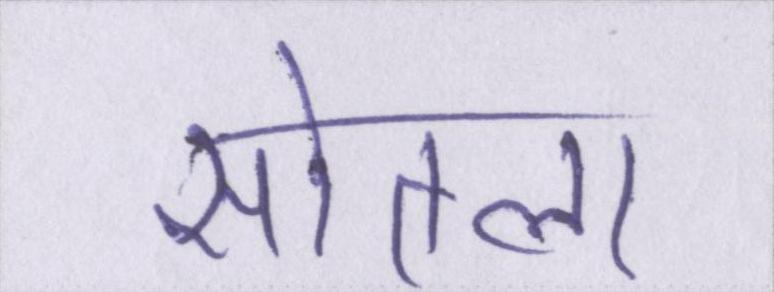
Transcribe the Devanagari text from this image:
सोतला